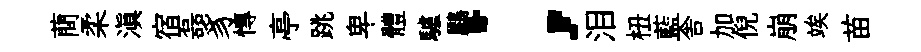
蕳柔滇宿磊豸慱亭跳卑體驢鸝；泪杻藍舎加倪崩竢苗